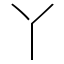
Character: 丫